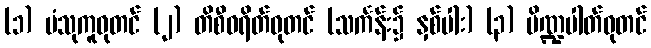
(၁) ပံသုကူဓုတင် (၂) တိစီဝရိတ်ဓုတင် (သင်္ကန်း၌ နှစ်ပါး) (၃) ပိဏ္ဍပါတ်ဓုတင်